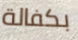
بكفالة